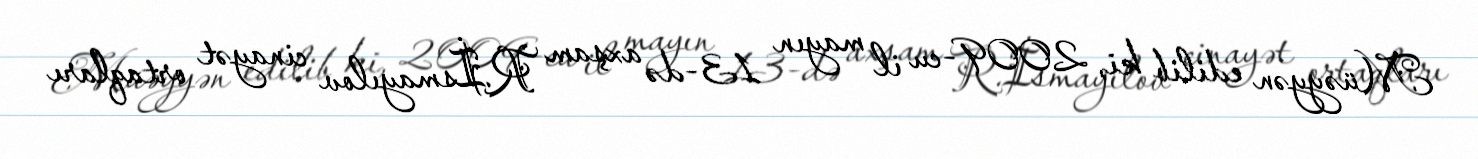
Müəyyən edilib ki, 2009-cu il mayın 13-də axşam R.İsmayılov cinayət ortaqları